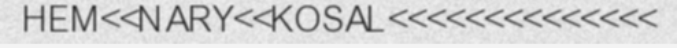
HEM<<NARY<<KOSAL<<<<<<<<<<<<<<